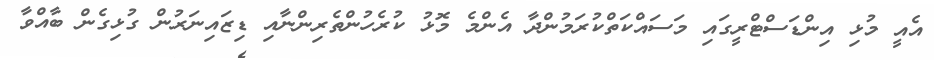
އެއީ މުޅި އިންޑަސްޓްރީގައި މަސައްކަތްކުރަމުންދާ އެންމެ މޮޅު ކުރެހުންތެރިންނާއި ޑިޒައިނަރުން ގުޅިގެން ބާއްވާ